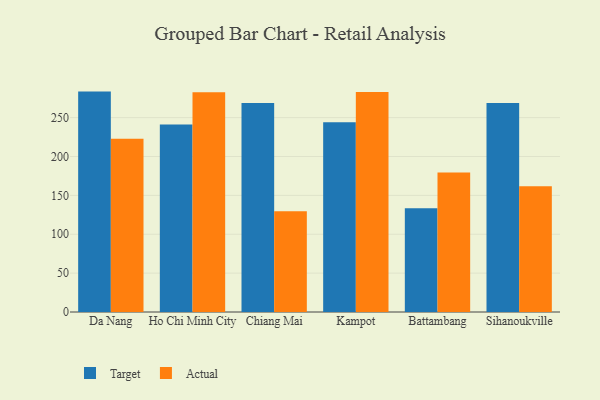
{"axis": {"x": "City", "y": "Net Income (USD K)"}, "legend": ["Actual", "Target"], "data": [{"x": "Da Nang", "y": 283.5, "type": "Target"}, {"x": "Da Nang", "y": 222.8, "type": "Actual"}, {"x": "Ho Chi Minh City", "y": 241.2, "type": "Target"}, {"x": "Ho Chi Minh City", "y": 282.7, "type": "Actual"}, {"x": "Chiang Mai", "y": 268.9, "type": "Target"}, {"x": "Chiang Mai", "y": 129.7, "type": "Actual"}, {"x": "Kampot", "y": 244.2, "type": "Target"}, {"x": "Kampot", "y": 283.0, "type": "Actual"}, {"x": "Battambang", "y": 133.4, "type": "Target"}, {"x": "Battambang", "y": 179.4, "type": "Actual"}, {"x": "Sihanoukville", "y": 268.8, "type": "Target"}, {"x": "Sihanoukville", "y": 161.7, "type": "Actual"}]}